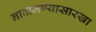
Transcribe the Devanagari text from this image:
नावाजण्यासारखा